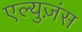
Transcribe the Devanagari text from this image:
एल्युज़ंस